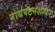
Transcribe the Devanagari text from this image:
नार्थपटनशायर